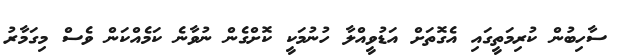
ސާހިބުން ކުރިމަތީގައި އެގޮތަށް އަޑުވީއްލާ ހުނުމަކީ ކޮށްގެން ނުވާނެ ކަމެއްކަން ވެސް މިގަމާރު